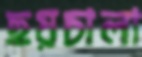
ছয়চালা